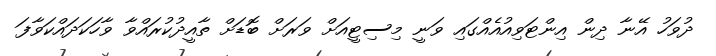
ދުވަހު އޭނާ ދިން އިންޓަވިއުއެއްގައި ވަނީ މިސިޓީއަށް ވަރަށް ބޮޑަށް ތާއީދުކުރައްވާ ވާހަކަދައްކަވާފަ